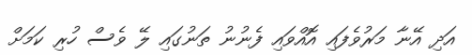
އަދި އޭނާ މަރުވެފައި އޮއްވައި ފެނުނު ތަނުގައި ލޭ ވެސް ހުރި ކަމަށް